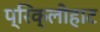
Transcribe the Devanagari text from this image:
प्रिक्लीहाट